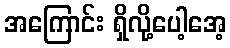
အကြောင်း ရှိလို့ပေါ့အေ့